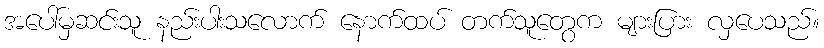
အပေါ်မှဆင်းသူ နည်းပါးသလောက် နောက်ထပ် တက်သူတွေက များပြား လှပေသည်။